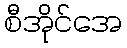
စီအိုင်အေ